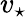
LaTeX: v_{\star}